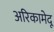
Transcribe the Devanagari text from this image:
अरिकामेदू